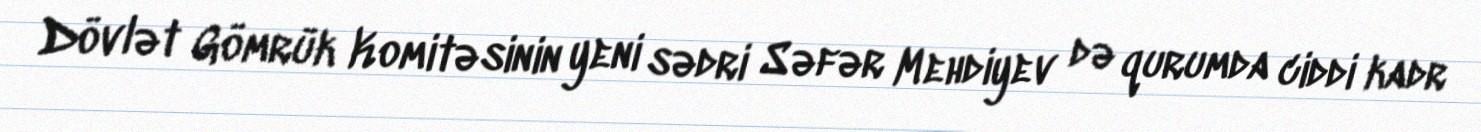
Dövlət Gömrük Komitəsinin yeni sədri Səfər Mehdiyev də qurumda ciddi kadr